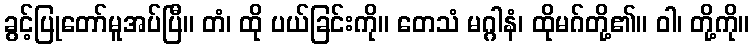
ခွင့်ပြုတော်မူအပ်ပြီ။ တံ၊ ထို ပယ်ခြင်းကို။ တေသံ မဂ္ဂါနံ၊ ထိုမဂ်တို့၏။ ဝါ၊ တို့ကို။